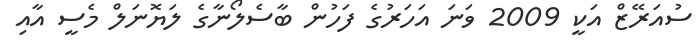
ސުއަރޭޒް އަކީ 2009 ވަނަ އަހަރުގެ ފަހުން ބާސެލޯނާގެ ލަޔޮނަލް މެސީ އާއި